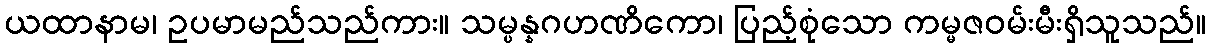
ယထာနာမ၊ ဥပမာမည်သည်ကား။ သမ္ပန္နဂဟဏိကော၊ ပြည့်စုံသော ကမ္မဇဝမ်းမီးရှိသူသည်။